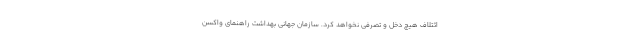
ائتلاف هیچ دخل و تصرفی نخواهد کرد. سازمان جهانی بهداشت راهنمای واکسن